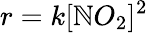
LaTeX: r=k[\mathbb{N}O_{2}]^{2}